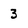
Character: 3